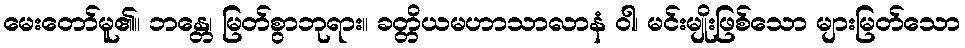
မေးတော်မူ၏။ ဘန္တေ၊ မြတ်စွာဘုရား။ ခတ္တိယမဟာသာလာနံ ဝါ၊ မင်းမျိုးဖြစ်သော များမြတ်သော